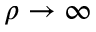
\rho \rightarrow \infty